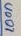
Text: 100n